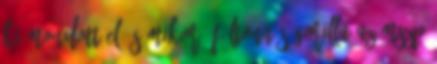
ki mondott el és mikor "Féltonnás gorilla az MSZP